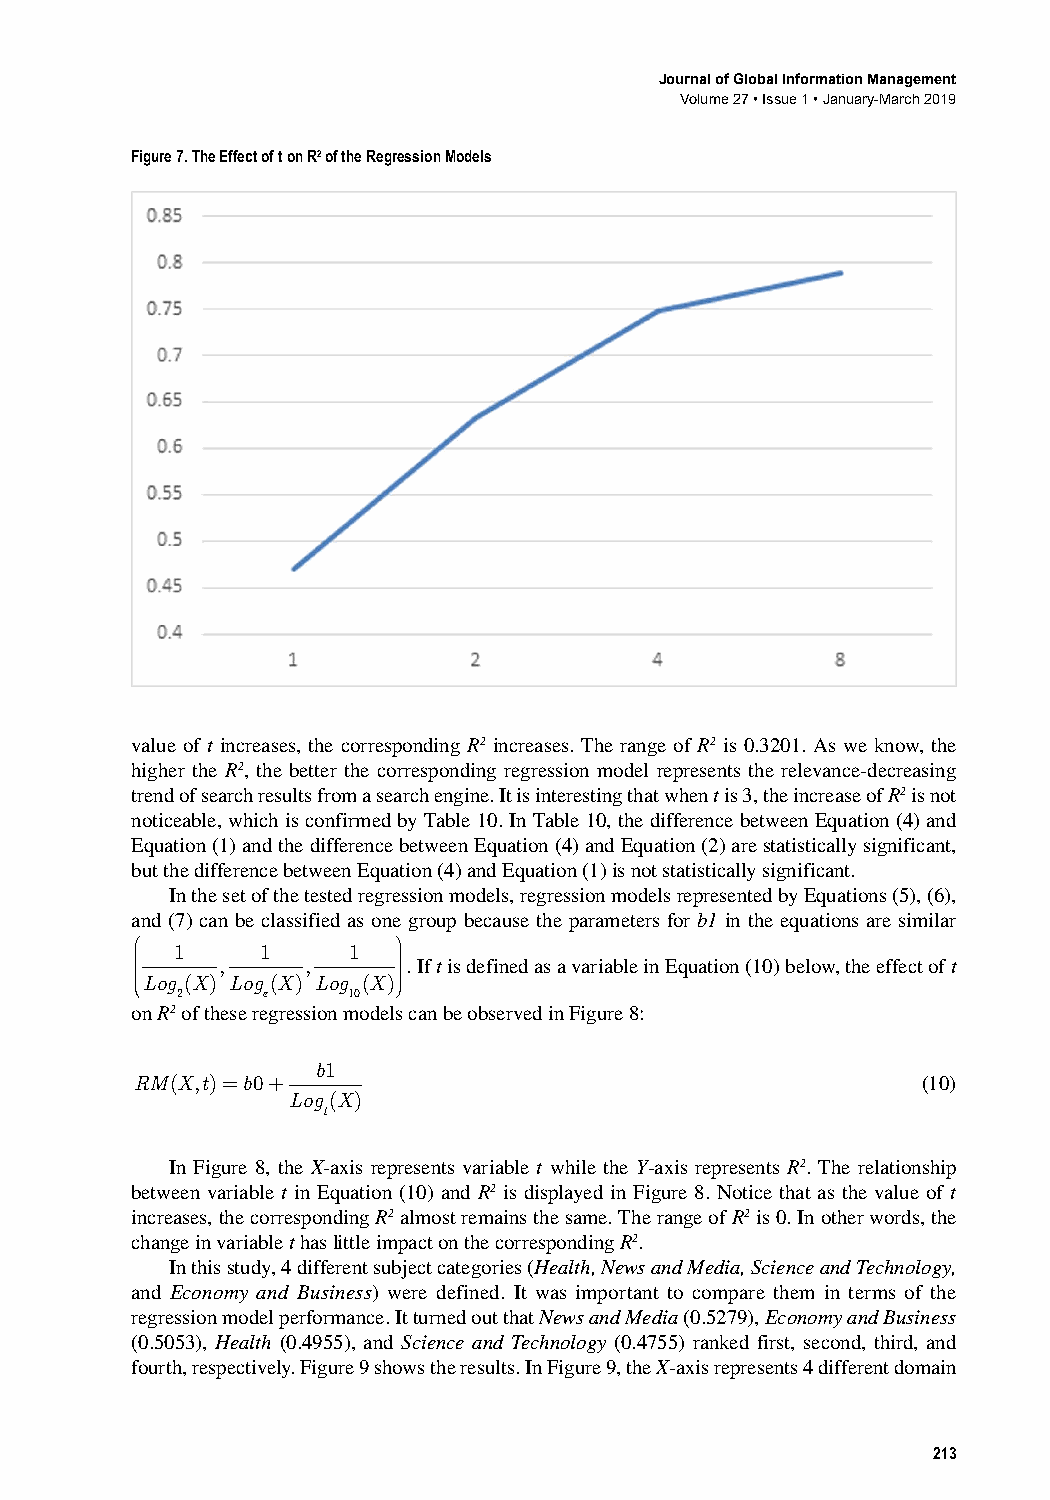
Journal of Global Information Management
 Volume 27 • Issue 1 • January-March 2019
 Figure 7. The Effect of t on R2 of the Regression Models
 value﻿of﻿t﻿increases,﻿the﻿corresponding﻿R2﻿increases.﻿The﻿range﻿of﻿R2﻿is﻿0.3201.﻿As﻿we﻿know,﻿the﻿
 higher﻿the﻿R2,﻿the﻿better﻿the﻿corresponding﻿regression﻿model﻿represents﻿the﻿relevance-decreasing﻿
 trend﻿of﻿search﻿results﻿from﻿a﻿search﻿engine.﻿It﻿is﻿interesting﻿that﻿when﻿t﻿is﻿3,﻿the﻿increase﻿of﻿R2﻿is﻿not﻿
 noticeable,﻿which﻿is﻿confirmed﻿by﻿Table﻿10.﻿In﻿Table﻿10,﻿the﻿difference﻿between﻿Equation﻿(4)﻿and﻿
 Equation﻿(1)﻿and﻿the﻿difference﻿between﻿Equation﻿(4)﻿and﻿Equation﻿(2)﻿are﻿statistically﻿significant,﻿
 but﻿the﻿difference﻿between﻿Equation﻿(4)﻿and﻿Equation﻿(1)﻿is﻿not﻿statistically﻿significant.
 In﻿the﻿set﻿of﻿the﻿tested﻿regression﻿models,﻿regression﻿models﻿represented﻿by﻿Equations﻿(5),﻿(6),﻿
 and﻿(7)﻿can﻿be﻿classified﻿as﻿one﻿group﻿because﻿the﻿parameters﻿for﻿b1﻿in﻿the﻿equations﻿are﻿similar
                 
    Log1 (X), Log1 (X), Log1 (X)   .﻿If﻿t﻿is﻿defined﻿as﻿a﻿variable﻿in﻿Equation﻿(10)﻿below,﻿the﻿effect﻿of﻿t﻿
 2    e     10
 on﻿R2﻿of﻿these﻿regression﻿models﻿can﻿be﻿observed﻿in﻿Figure﻿8:
 b1
 RM(X,t)=b0+    ﻿                                    (10)
 Log (X)
 t
 In﻿Figure﻿8,﻿the﻿X-axis﻿represents﻿variable﻿t﻿while﻿the﻿Y-axis﻿represents﻿R2.﻿The﻿relationship﻿
 between﻿variable﻿t﻿in﻿Equation﻿(10)﻿and﻿R2﻿is﻿displayed﻿in﻿Figure﻿8.﻿Notice﻿that﻿as﻿the﻿value﻿of﻿t﻿
 increases,﻿the﻿corresponding﻿R2﻿almost﻿remains﻿the﻿same.﻿The﻿range﻿of﻿R2﻿is﻿0.﻿In﻿other﻿words,﻿the﻿
 change﻿in﻿variable﻿t﻿has﻿little﻿impact﻿on﻿the﻿corresponding﻿R2.
 In﻿this﻿study,﻿4﻿different﻿subject﻿categories﻿(Health, News and Media, Science and Technology,﻿
 and﻿Economy and Business)﻿were﻿defined.﻿It﻿was﻿important﻿to﻿compare﻿them﻿in﻿terms﻿of﻿the﻿
 regression﻿model﻿performance.﻿It﻿turned﻿out﻿that﻿News and Media﻿(0.5279),﻿Economy and Business﻿
 (0.5053),﻿Health﻿(0.4955),﻿and﻿Science and Technology﻿(0.4755)﻿ranked﻿first,﻿second,﻿third,﻿and﻿
 fourth,﻿respectively.﻿Figure﻿9﻿shows﻿the﻿results.﻿In﻿Figure﻿9,﻿the﻿X-axis﻿represents﻿4﻿different﻿domain﻿
 213